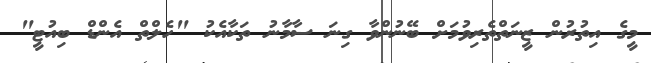
މީގެ އިތުރުން ޒީނަތްތެރިވުމަށް ބޭނުންވާ ގިނަ ސާމާނު ތަކާއެކު "ހެލްތް އެންޑް ބިއުޓީ"